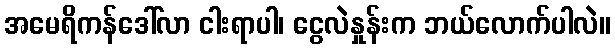
အမေရိကန်ဒေါ်လာ ငါးရာပါ၊ ငွေလဲနှုန်းက ဘယ်လောက်ပါလဲ။